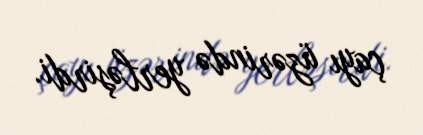
çayı üzərində yerləşirdi.